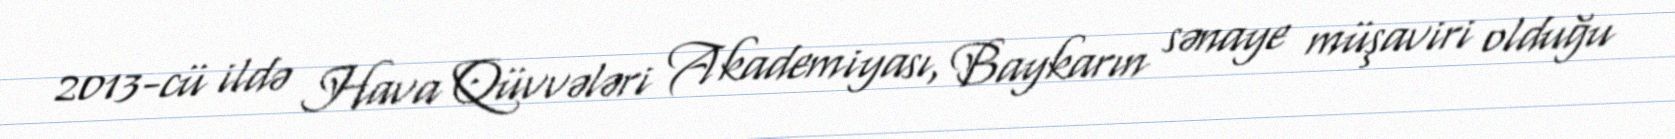
2013-cü ildə Hava Qüvvələri Akademiyası, Baykarın sənaye müşaviri olduğu